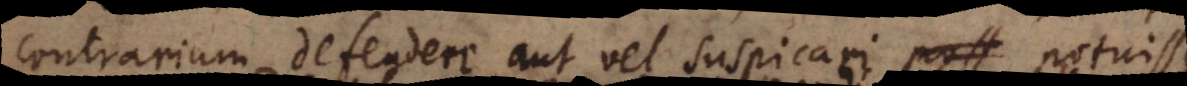
contrarium defendere aut vel suspicari potui